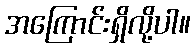
အကြောင်းရှိလို့ပါ။